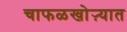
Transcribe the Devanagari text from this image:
चाफळखोऱ्यात